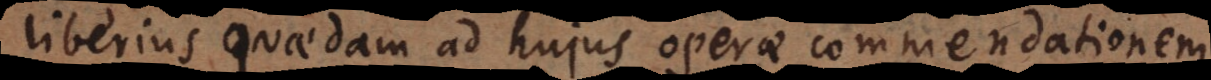
liberius quaedam ad hujus operae commendationem